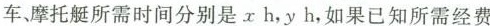
汽车、摩托艇所需时间分别是 x h，y h，如果已知所需经费